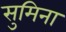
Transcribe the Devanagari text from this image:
सुमिना